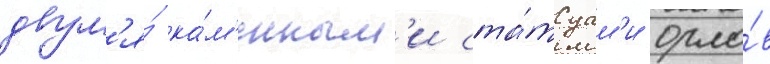
двум'я́ ка́м'енным'и ста́туам'и орло́в